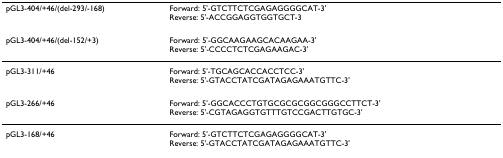
| pGL3-404/+46/(del-293/-168) | Forward: 5'-GTCTTCTCGAGAGGGGCAT-3'Reverse: 5'-ACCGGAGGTGGTGCT-3 |
 | --- | --- |
 | pGL3-404/+46/(del-152/+3) | Forward: 5'-GGCAAGAAGCACAAGAA-3'Reverse: 5'-CCCCTCTCGAGAAGAC-3' |
 | pGL3-311/+46 | Forward: 5'-TGCAGCACCACCTCC-3'Reverse: 5'-GTACCTATCGATAGAGAAATGTTC-3' |
 | pGL3-266/+46 | Forward: 5'-GGCACCCTGTGCGCGCGGCGGGCCTTCT-3'Reverse: 5'-CGTAGAGGTGTTTGTCCGACTTGTGC-3' |
 | pGL3-168/+46 | Forward: 5'-GTCTTCTCGAGAGGGGCAT-3'Reverse: 5'-GTACCTATCGATAGAGAAATGTTC-3' |